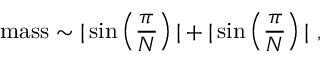
\mathrm { m a s s } \sim | \sin \left( \frac { \pi } { N } \right) | + | \sin \left( \frac { \pi } { N } \right) | ~ ,